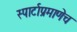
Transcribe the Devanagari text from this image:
स्पार्टाप्रमाणेच